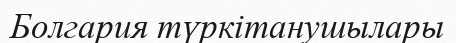
Болгария түркітанушылары